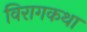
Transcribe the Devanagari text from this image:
विरागकथा